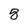
Character: 8